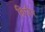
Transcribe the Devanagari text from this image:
बिजैर